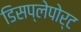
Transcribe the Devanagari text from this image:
डिसप्लेपोर्ट